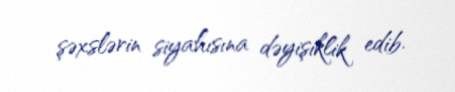
şəxslərin siyahısına dəyişiklik edib.